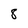
Character: 8